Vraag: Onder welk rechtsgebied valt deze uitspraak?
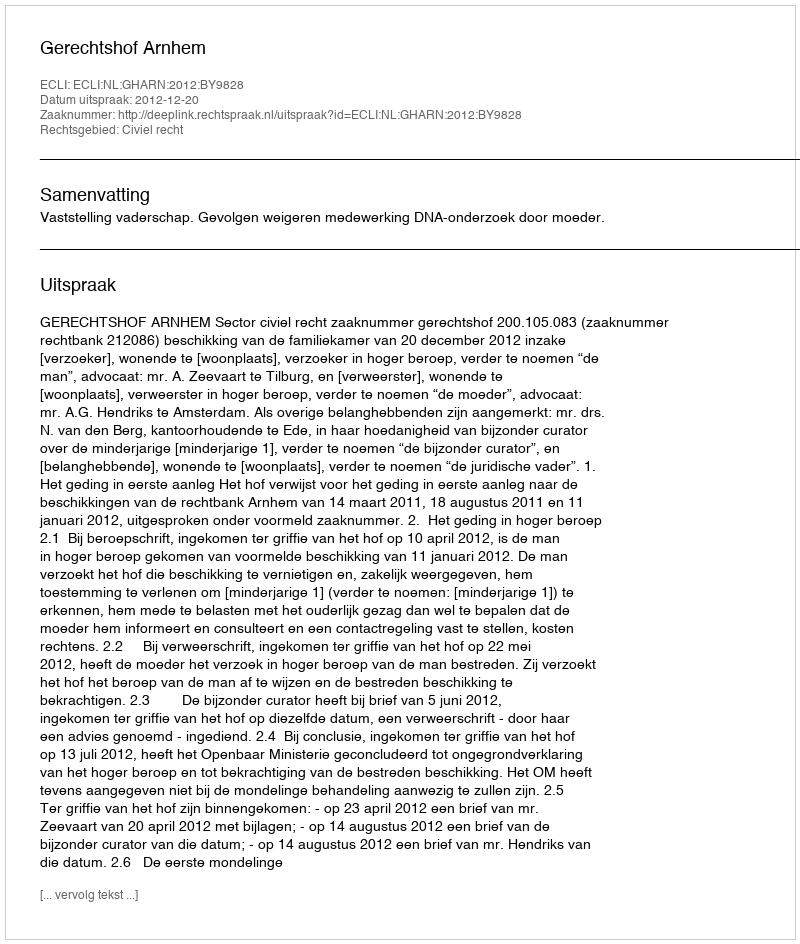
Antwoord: Civiel recht